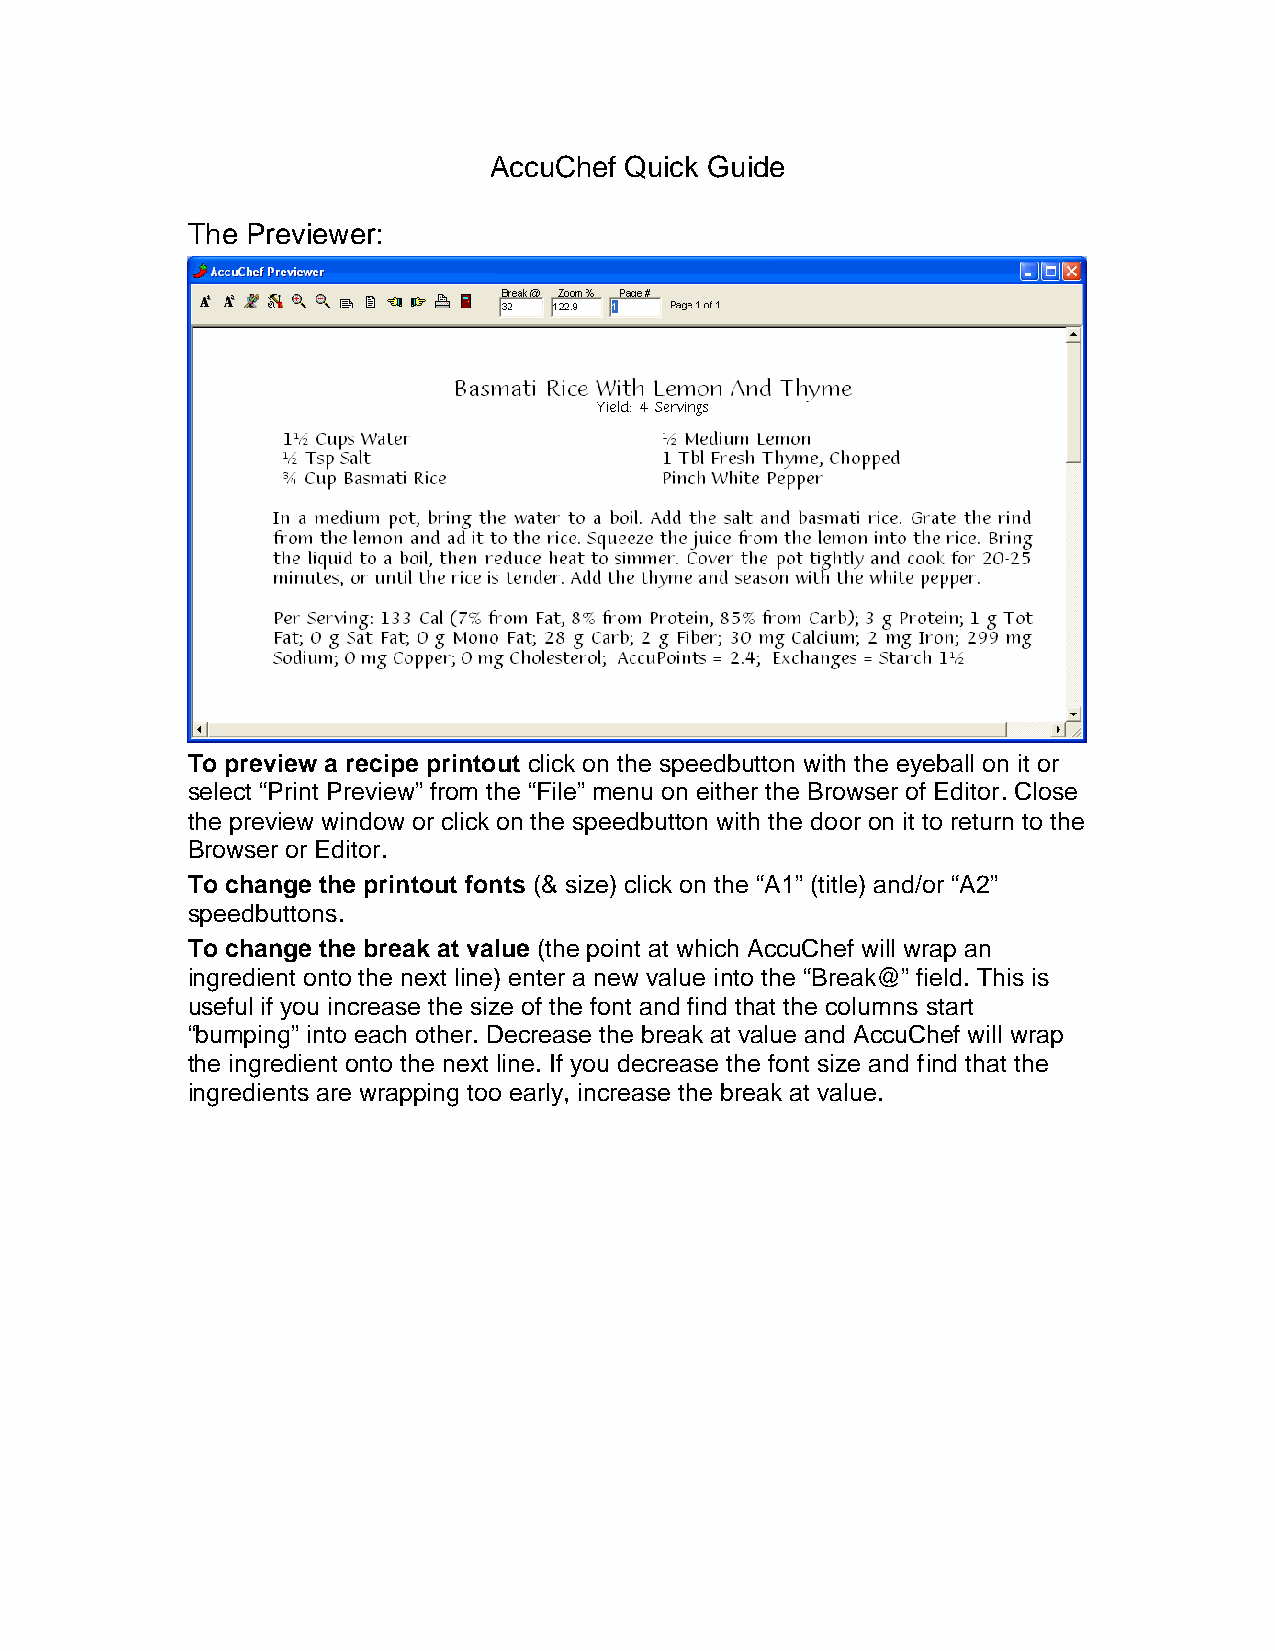
AccuChef Quick Guide
 The Previewer:
 To preview a recipe printout click on the speedbutton with the eyeball on it or
 select “Print Preview” from the “File” menu on either the Browser of Editor. Close
 the preview window or click on the speedbutton with the door on it to return to the
 Browser or Editor.
 To change the printout fonts (& size) click on the “A1” (title) and/or “A2”
 speedbuttons.
 To change the break at value (the point at which AccuChef will wrap an
 ingredient onto the next line) enter a new value into the “Break@” field. This is
 useful if you increase the size of the font and find that the columns start
 “bumping” into each other. Decrease the break at value and AccuChef will wrap
 the ingredient onto the next line. If you decrease the font size and find that the
 ingredients are wrapping too early, increase the break at value.